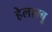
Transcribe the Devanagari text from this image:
हेलाम्बू